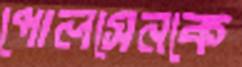
পোলসেনকে